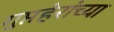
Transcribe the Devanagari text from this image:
गुप्तहेरांच्या